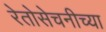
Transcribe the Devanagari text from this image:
रेतोसेचनीच्या